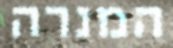
המנרה